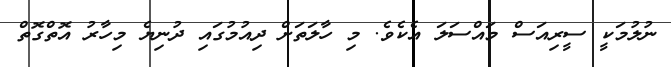
ނުލުމަކީ ސީރިއަަސް މައްސަލަ އެކެވެ. މި ހާލަތަށް ދިއުމުގައި ދުނިޔެ މިހާރު އޮތްގޮތް